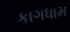
કાગધામ